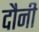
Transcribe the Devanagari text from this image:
दौनी